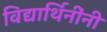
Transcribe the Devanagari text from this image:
विद्यार्थिनींनी